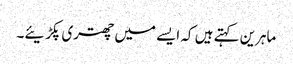
ماہرین کہتے ہیں کہ ایسے میں چھتری پکڑیئے۔